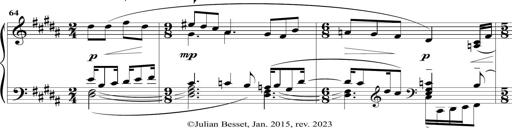
Title: Sonatine MÃ©lancolique
Composer: Julian Raoul Besset